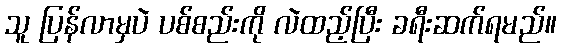
သူ ပြန်လာမှပဲ ပစ်စည်းကို လဲထည့်ပြီး ခရီးဆက်ရမည်။